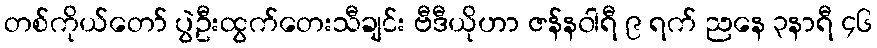
တစ်ကိုယ်တော် ပွဲဦးထွက်တေးသီချင်း ဗီဒီယိုဟာ ဇန်န၀ါရီ ၉ ရက် ညနေ ၃နာရီ ၄၆